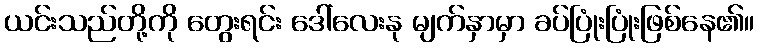
ယင်းသည်တို့ကို တွေးရင်း ဒေါ်လေးနု မျက်နှာမှာ ခပ်ပြုံးပြုံးဖြစ်နေ၏။